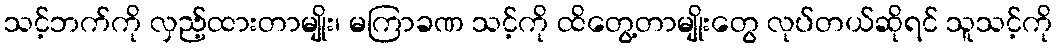
သင့်ဘက်ကို လှည့်ထားတာမျိုး၊ မကြာခဏ သင့်ကို ထိတွေ့တာမျိုးတွေ လုပ်တယ်ဆိုရင် သူသင့်ကို